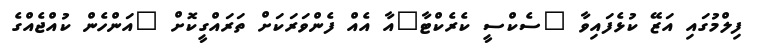
ފިލްމުގައި އަޒޭ ކުޅެފައިވާ "ސެކްސީ ކެރެކްޓާ"އާ އެއް ފެންވަރަަކަށް ތަރައްގީކޮށް "އަންހެން ކުއްޖެއްގެ